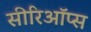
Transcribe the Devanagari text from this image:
सीरिऑप्स